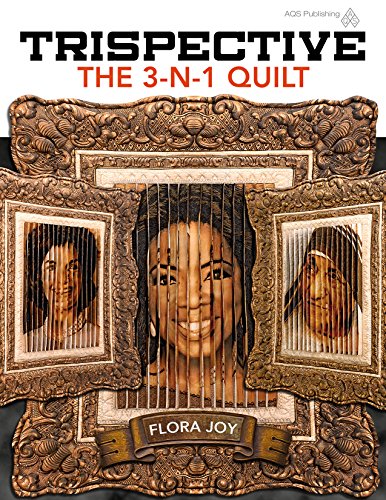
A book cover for Trispective: The 3-N-1 Quilt; Flora Joy; Humor & Entertainment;